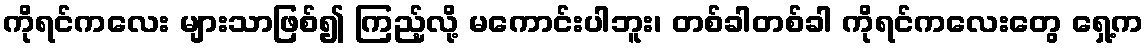
ကိုရင်ကလေး များသာဖြစ်၍ ကြည့်လို့ မကောင်းပါဘူး၊ တစ်ခါတစ်ခါ ကိုရင်ကလေးတွေ ရှေ့က